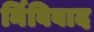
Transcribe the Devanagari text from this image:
र्निविवाद